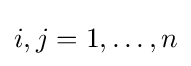
i,j=1,\dots ,n